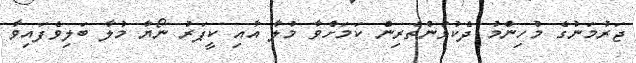
ޖަރުމަނުގެ މުހިންމު ދެކުޅުންތެރިން ކަމަށްވާ މުލާ އާއި ކީޕަރު ނޯޔާ މުލާ ބަލިވެފައިވާ